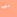
مع